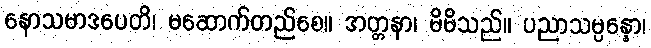
နောသမာဒပေတိ၊ မဆောက်တည်စေ။ အတ္တနာ၊ မိမိသည်။ ပညာသမ္ပန္နော၊